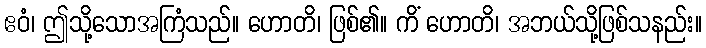
ဧဝံ၊ ဤသို့သောအကြံသည်။ ဟောတိ၊ ဖြစ်၏။ ကိံ ဟောတိ၊ အဘယ်သို့ဖြစ်သနည်း။